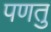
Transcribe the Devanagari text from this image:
पणतु